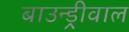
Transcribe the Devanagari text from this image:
बाउन्ड्रीवाल